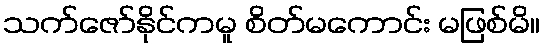
သက်ဇော်နိုင်ကမူ စိတ်မကောင်း မဖြစ်မိ။